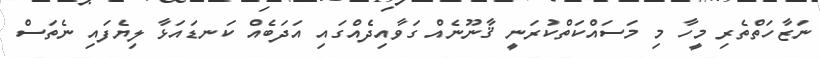
ނަޒާހަތްތެރި މީހާ މި މަސައްކަތްކުރަނީ ޤާނޫނެއް ގަވާއިދެއްގައި އަދަބެއް ކަނޑައަޅާ ލިޔެފައި ނެތަސް